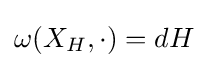
\omega (X_{H},\cdot )=dH